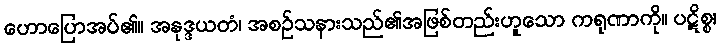
ဟောပြောအပ်၏။ အနုဒ္ဒယတံ၊ အစဉ်သနားသည်၏အဖြစ်တည်းဟူသော ကရုဏာကို။ ပဋိစ္စ၊